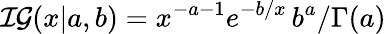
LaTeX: \mathcal{IG}(x|a,b)=x^{-a-1}e^{-b/x}\, b^{a}/\Gamma(a)